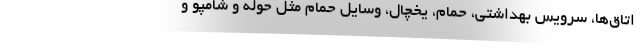
اتاق‌ها، سرویس بهداشتی، حمام، یخچال، وسایل حمام مثل حوله و شامپو و